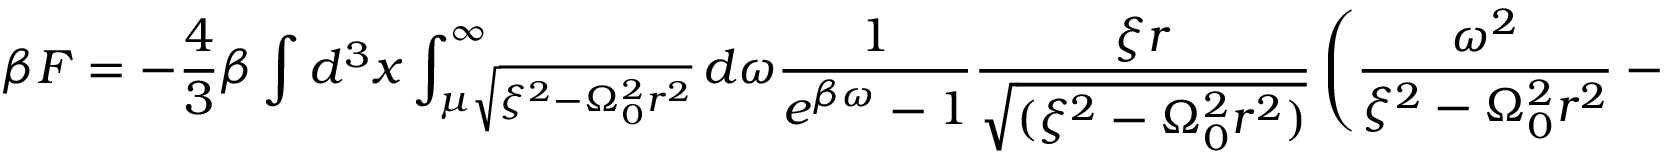
\beta F = - \frac { 4 } { 3 } \beta \int d ^ { 3 } x \int _ { \mu \sqrt { \xi ^ { 2 } - \Omega _ { 0 } ^ { 2 } r ^ { 2 } } } ^ { \infty } d \omega \frac { 1 } { e ^ { \beta \omega } - 1 } \frac { \xi r } { \sqrt { ( \xi ^ { 2 } - \Omega _ { 0 } ^ { 2 } r ^ { 2 } ) } } \left( \frac { \omega ^ { 2 } } { \xi ^ { 2 } - \Omega _ { 0 } ^ { 2 } r ^ { 2 } } - \mu ^ { 2 } \right) ^ { 3 / 2 } .